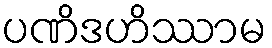
ပဏိဒဟိဿာမ